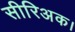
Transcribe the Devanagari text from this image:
सीरिअक।